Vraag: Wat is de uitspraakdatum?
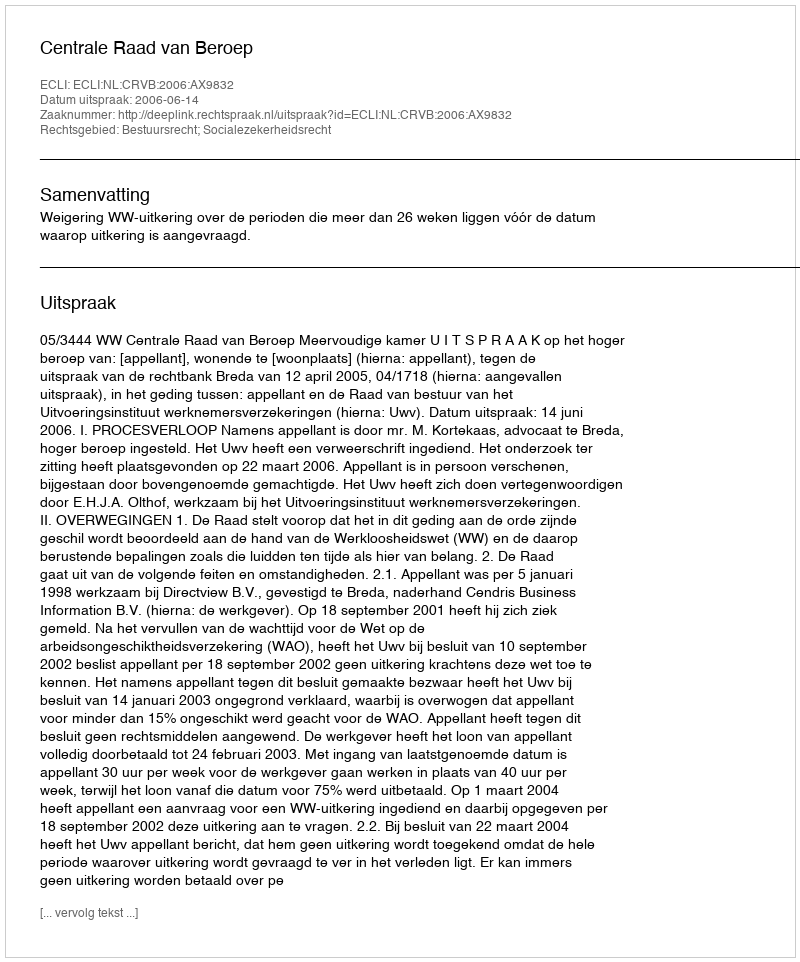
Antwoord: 2006-06-14